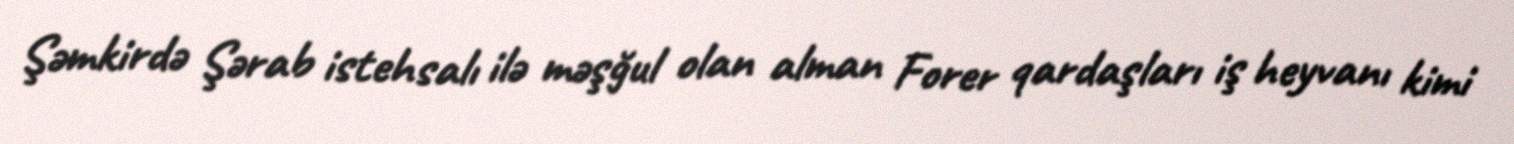
Şəmkirdə Şərab istehsalı ilə məşğul olan alman Forer qardaşları iş heyvanı kimi